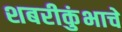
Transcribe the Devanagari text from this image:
शबरीकुंभाचे